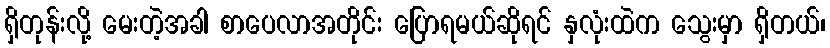
ရှိတုန်းလို့ မေးတဲ့အခါ စာပေလာအတိုင်း ပြောရမယ်ဆိုရင် နှလုံးထဲက သွေးမှာ ရှိတယ်၊